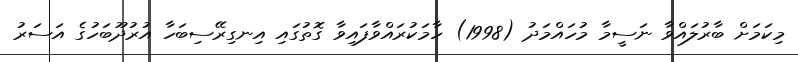
މިކަމަށް ބާރުލައްވާ ނަސީމާ މުހައްމަދު (1998) ހާމަކުރައްވާފައިވާ ގޮތުގައި އިނގިރޭސިބަހާ އުރުދޫބަހުގެ އަސަރު